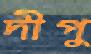
দীপু